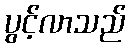
ပွင့်လာသည်